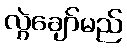
လွဲချော်မည်